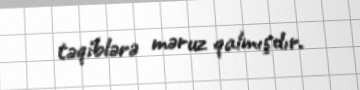
təqiblərə məruz qalmışdır.